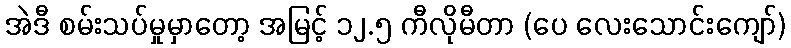
အဲဒီ စမ်းသပ်မှုမှာတော့ အမြင့် ၁၂.၅ ကီလိုမီတာ (ပေ လေးသောင်းကျော်)